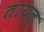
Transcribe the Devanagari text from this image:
तायल्